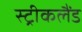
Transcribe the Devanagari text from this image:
स्ट्रीकलैंड